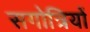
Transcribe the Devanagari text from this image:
सगोत्रियों